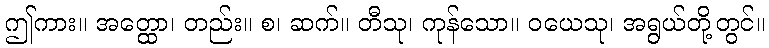
ဤကား။ အတ္ထော၊ တည်း။ စ၊ ဆက်။ တီသု၊ ကုန်သော။ ဝယေသု၊ အရွယ်တို့တွင်။